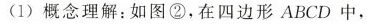
(1)概念理解；如图②，在四边形ABCD中，